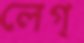
লেগ্